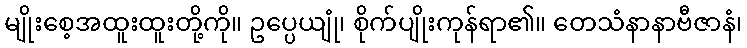
မျိုးစေ့အထူးထူးတို့ကို။ ဥပ္ပေယျုံ၊ စိုက်ပျိုးကုန်ရာ၏။ တေသံနာနာဗီဇာနံ၊